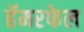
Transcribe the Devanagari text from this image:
हॅमरफेल